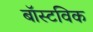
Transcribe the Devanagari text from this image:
बॉस्टविक